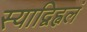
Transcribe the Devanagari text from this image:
स्याद्विह्वलं